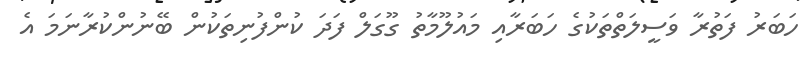
ހަބަރު ފަތުރާ ވަސީލަތްތަކުގެ ހަބަރާއި މައުލޫމާތު ގޫގަލް ފަދަ ކުންފުނިތަކުން ބޭނުންކުރާނަމަ އެ